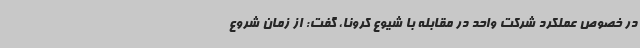
در خصوص عملکرد شرکت واحد در مقابله با شیوع کرونا، گفت: از زمان شروع